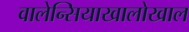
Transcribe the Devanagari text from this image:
वालेन्सियाखालोखाल